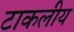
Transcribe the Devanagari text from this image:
टाकलीय